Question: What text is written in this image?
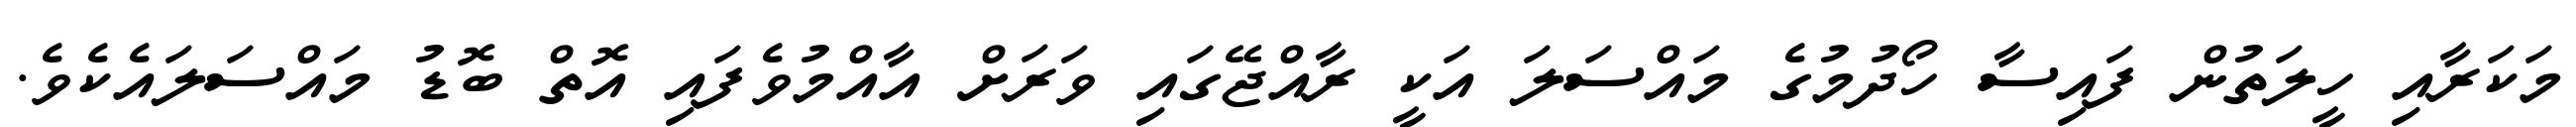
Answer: މަކަރާއި ހީލަތުން ފައިސާ ހޯދުމުގެ މައްސަލަ އަކީ ރާއްޖޭގައި ވަރަށް އާއްމުވެފައި އޮތް ބޮޑު މައްސަލައެކެވެ.